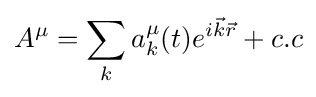
A^{\mu }=\sum _{k}a_{k}^{\mu }(t)e^{i{\vec {k}}{\vec {r}}}+c.c